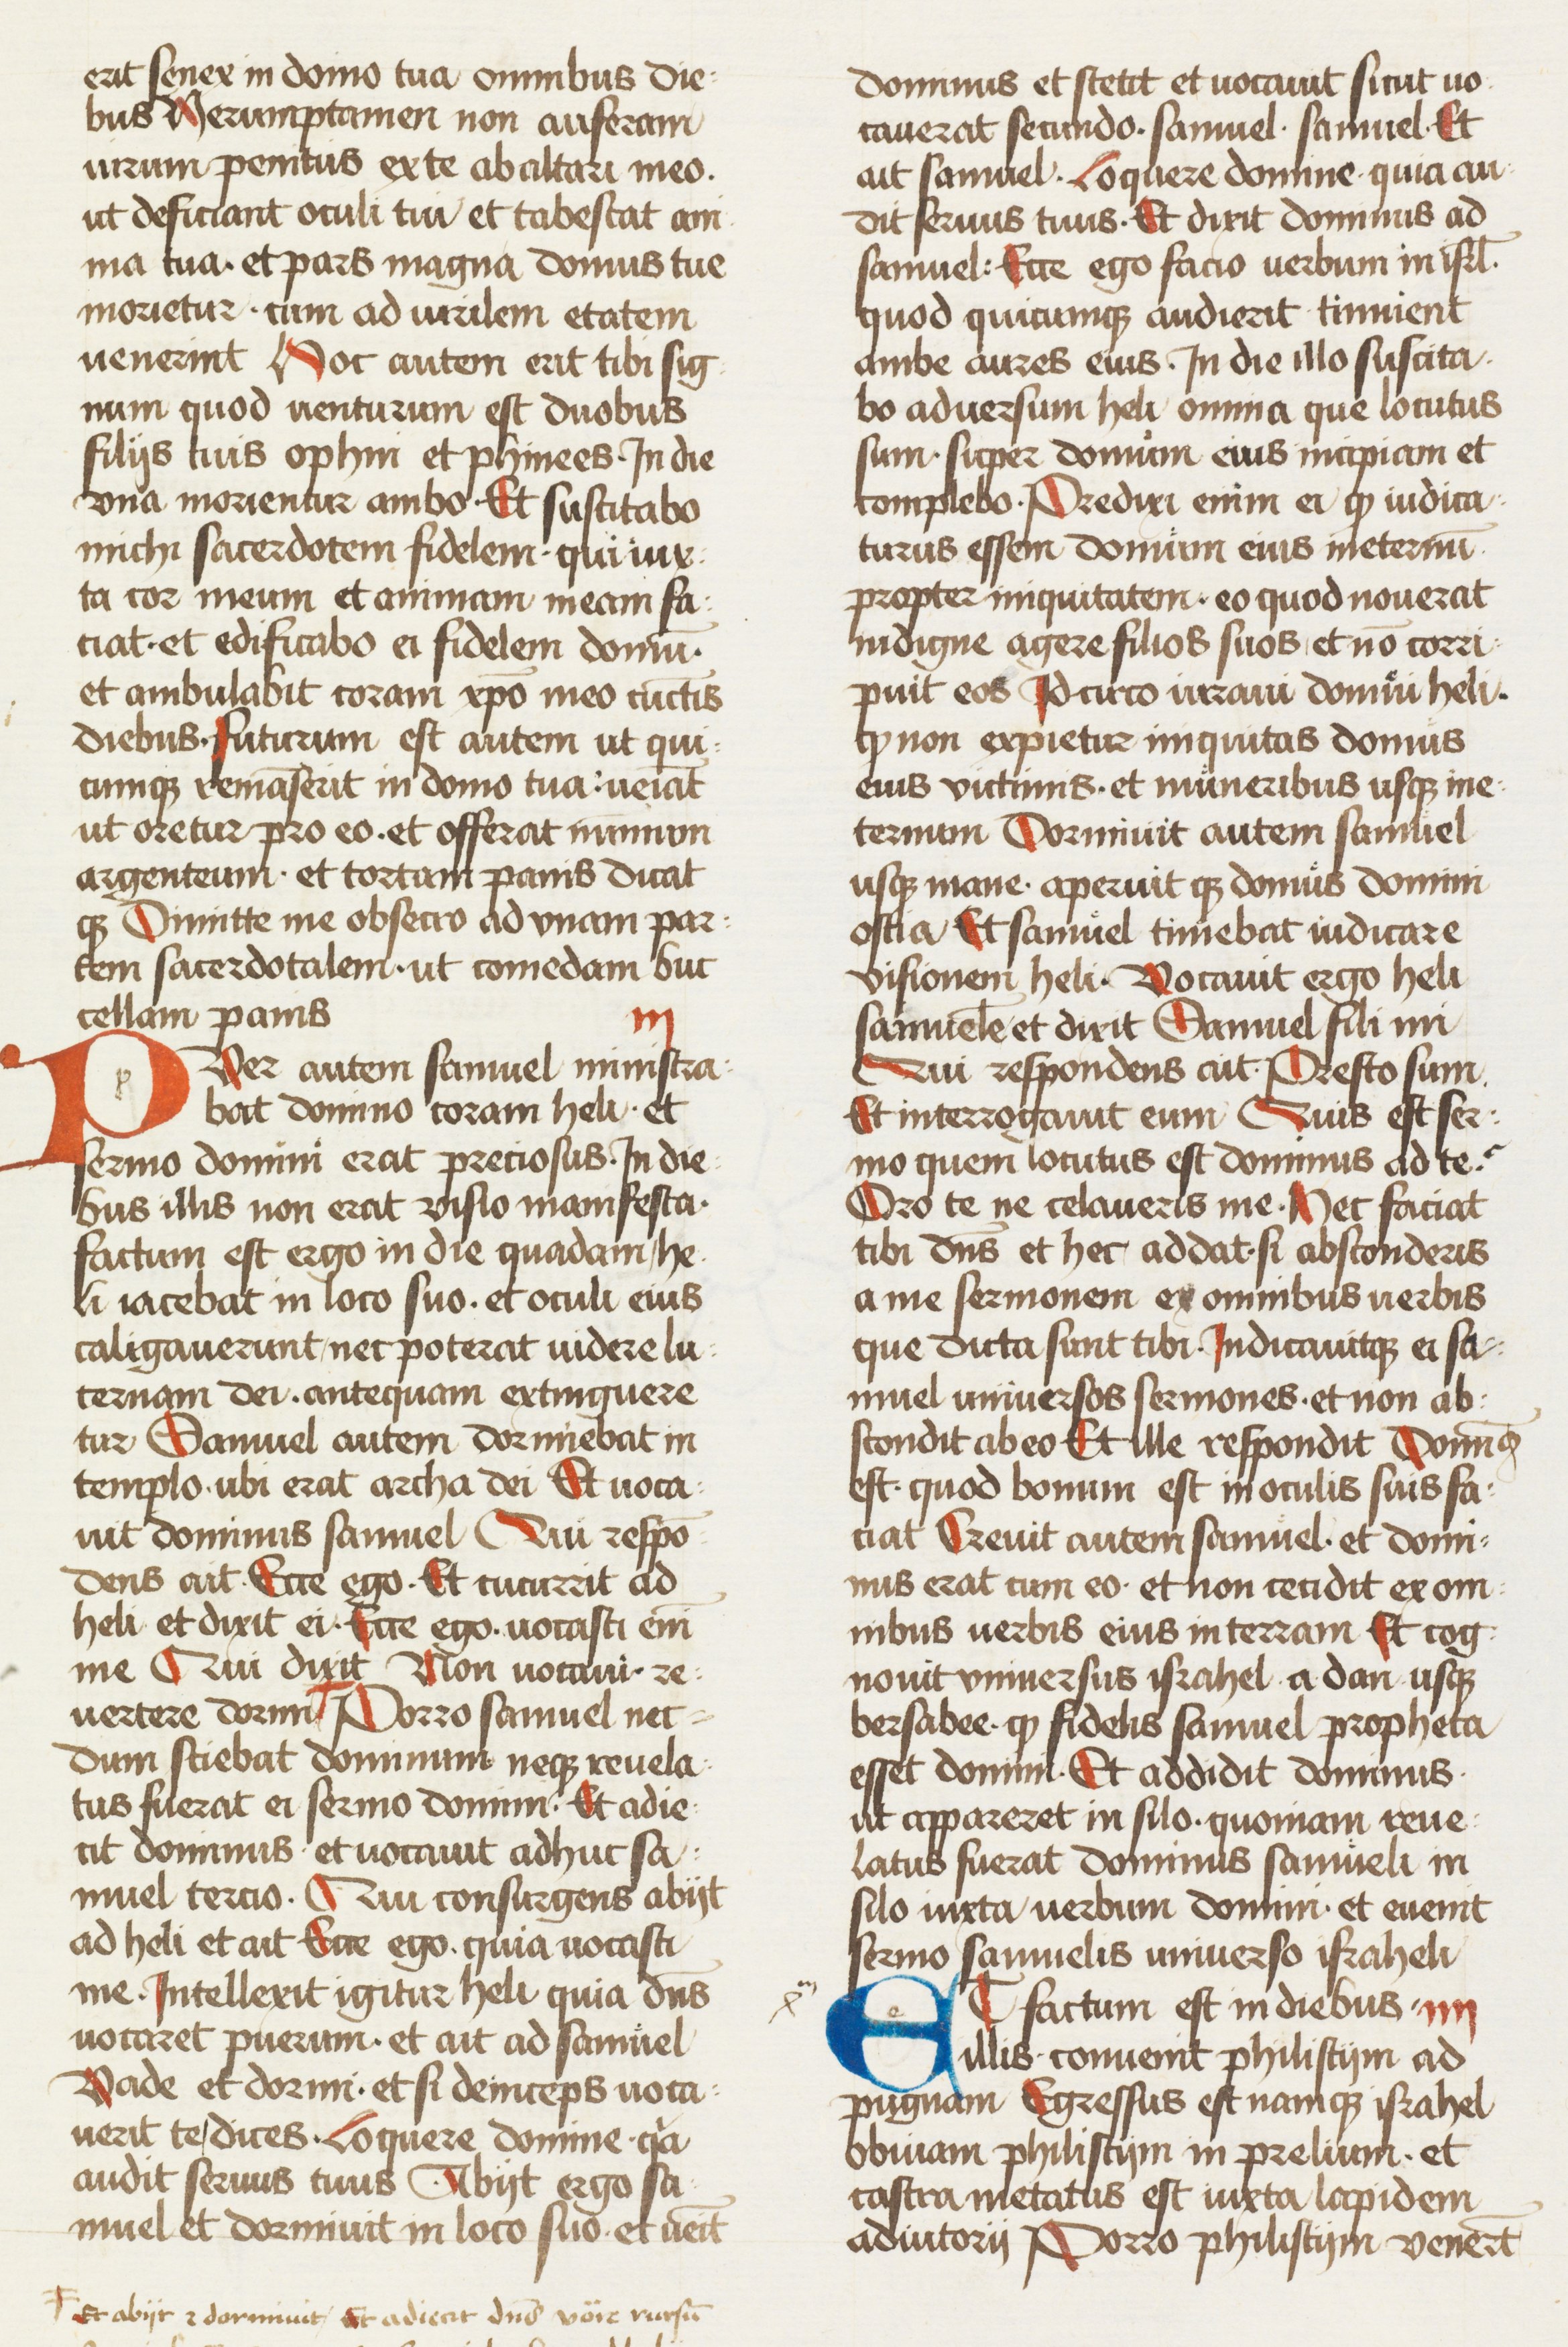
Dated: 1434–1466